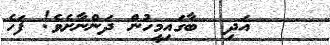
އަދި  ބާގައިމީހުން ދަންނާށެވެ! ފަހެ